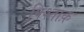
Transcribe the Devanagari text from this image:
पिश्ताक़